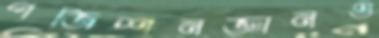
পজিশনজ্ঞানও